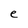
Character: e